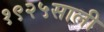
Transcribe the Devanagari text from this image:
१९२५साली